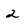
Character: 2